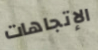
الإتجاهات